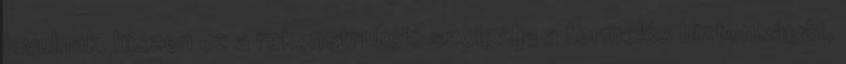
javulnak, hiszen ez a rekonstrukció szolgálja a termelés biztonságát,